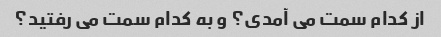
از کدام سمت می آمدی؟ و به کدام سمت می رفتید؟